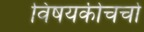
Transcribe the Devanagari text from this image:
विषयकीचर्चा